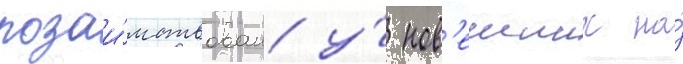
позаи́мствован у́ нов'еиших на́